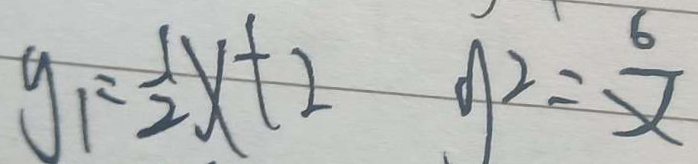
y _ { 1 } = \frac { 1 } { 2 } x + 2 y ^ { 2 } = \frac { 6 } { x }